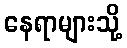
နေရာများသို့